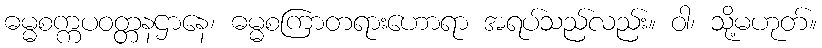
ဓမ္မစက္ကပဝတ္တနဌာနေ၊ ဓမ္မစကြာတရားဟောရာ အရပ်သည်လည်း။ ဝါ၊ သို့မဟုတ်။